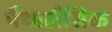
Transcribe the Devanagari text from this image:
पैंथालैसिक